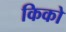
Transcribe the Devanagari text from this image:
किको